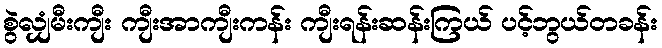
စွဲလျှံမီးကျီး ကျီးအာကျီးကန်း ကျီးရန်းဆန်းကြယ် ပင့်ဘွယ်တခန်း